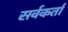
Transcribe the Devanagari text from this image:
सर्वकर्ता